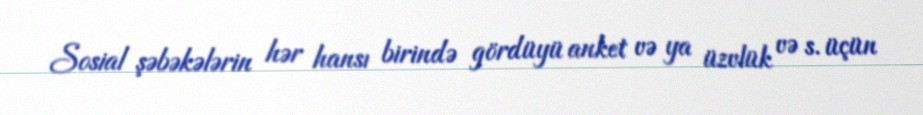
Sosial şəbəkələrin hər hansı birində gördüyü anket və ya üzvlük və s. üçün